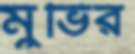
মুভির